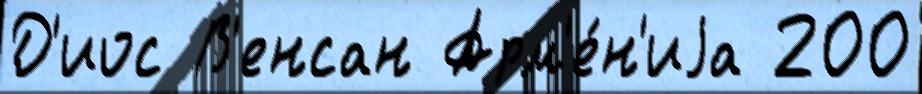
Д'иос В'енсан Арм'е́н'иjа 200